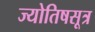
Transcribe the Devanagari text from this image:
ज्योतिषसूत्र